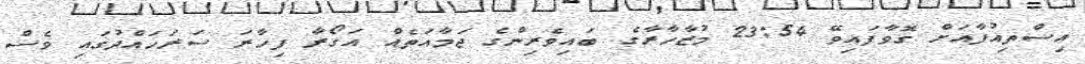
އިސްތިއުފާއަށް ގޮވާފައިވޭ 23:54 މުޒާހާރާގެ ބައިވެރިންގެ ޖަމާއަތެއް އަގޯރާ ފިހާރަ ސަރަހައްދުގައި ވެސް